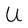
Character: U